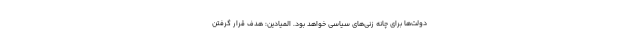
دولت‌ها برای چانه زنی‌های سیاسی خواهد بود. المیادین: هدف قرار گرفتن